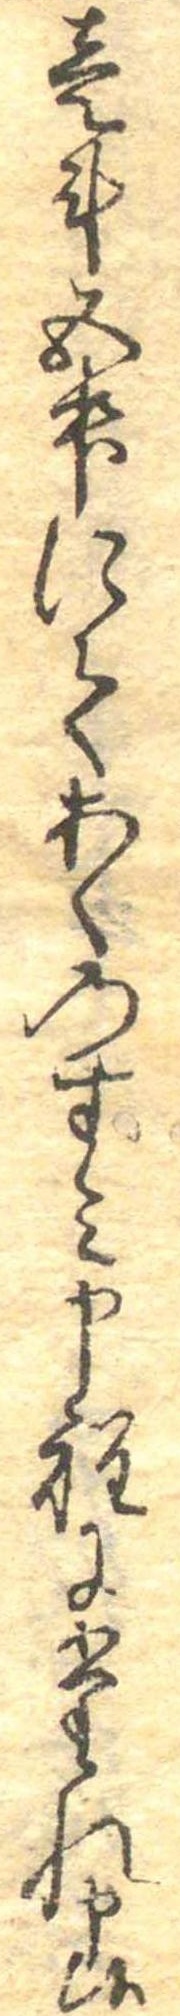
壱斗五升にてあくのすみ申程にたれ申候